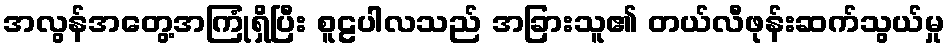
အလွန်အတွေ့အကြုံရှိပြီး စူဠပါလသည် အခြားသူ၏ တယ်လီဖုန်းဆက်သွယ်မှု